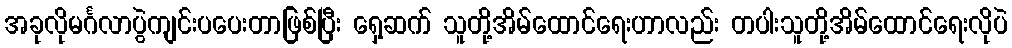
အခုလိုမင်္ဂလာပွဲကျင်းပပေးတာဖြစ်ပြီး ရှေ့ဆက် သူတို့အိမ်ထောင်ရေးဟာလည်း တပါးသူတို့အိမ်ထောင်ရေးလိုပဲ